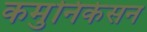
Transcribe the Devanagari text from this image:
कमुनिकेसन